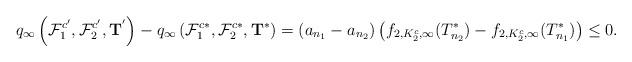
LaTeX: \begin{align*}q_{\infty}\left(\mathcal F_1^{c'},\mathcal F_2^{c'},\mathbf T^{'}\right)-q_{\infty}\left(\mathcal F_1^{c*},\mathcal F_2^{c*},\mathbf T^{*}\right)=\left(a_{n_1}-a_{n_2}\right)\left(f_{2,K_2^c,\infty}(T_{n_2}^*)-f_{2,K_2^c,\infty}(T_{n_1}^*)\right)\leq 0.\end{align*}